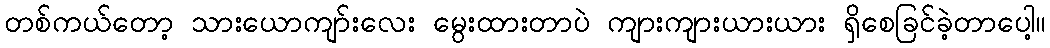
တစ်ကယ်တော့ သားယောကျာ်းလေး မွေးထားတာပဲ ကျားကျားယားယား ရှိစေခြင်ခဲ့တာပေါ့။